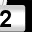
Digit: 2